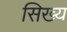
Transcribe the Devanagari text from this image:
सिख्य